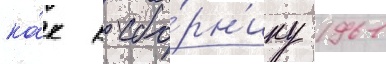
ка́к к сбо́рн'ику 1961